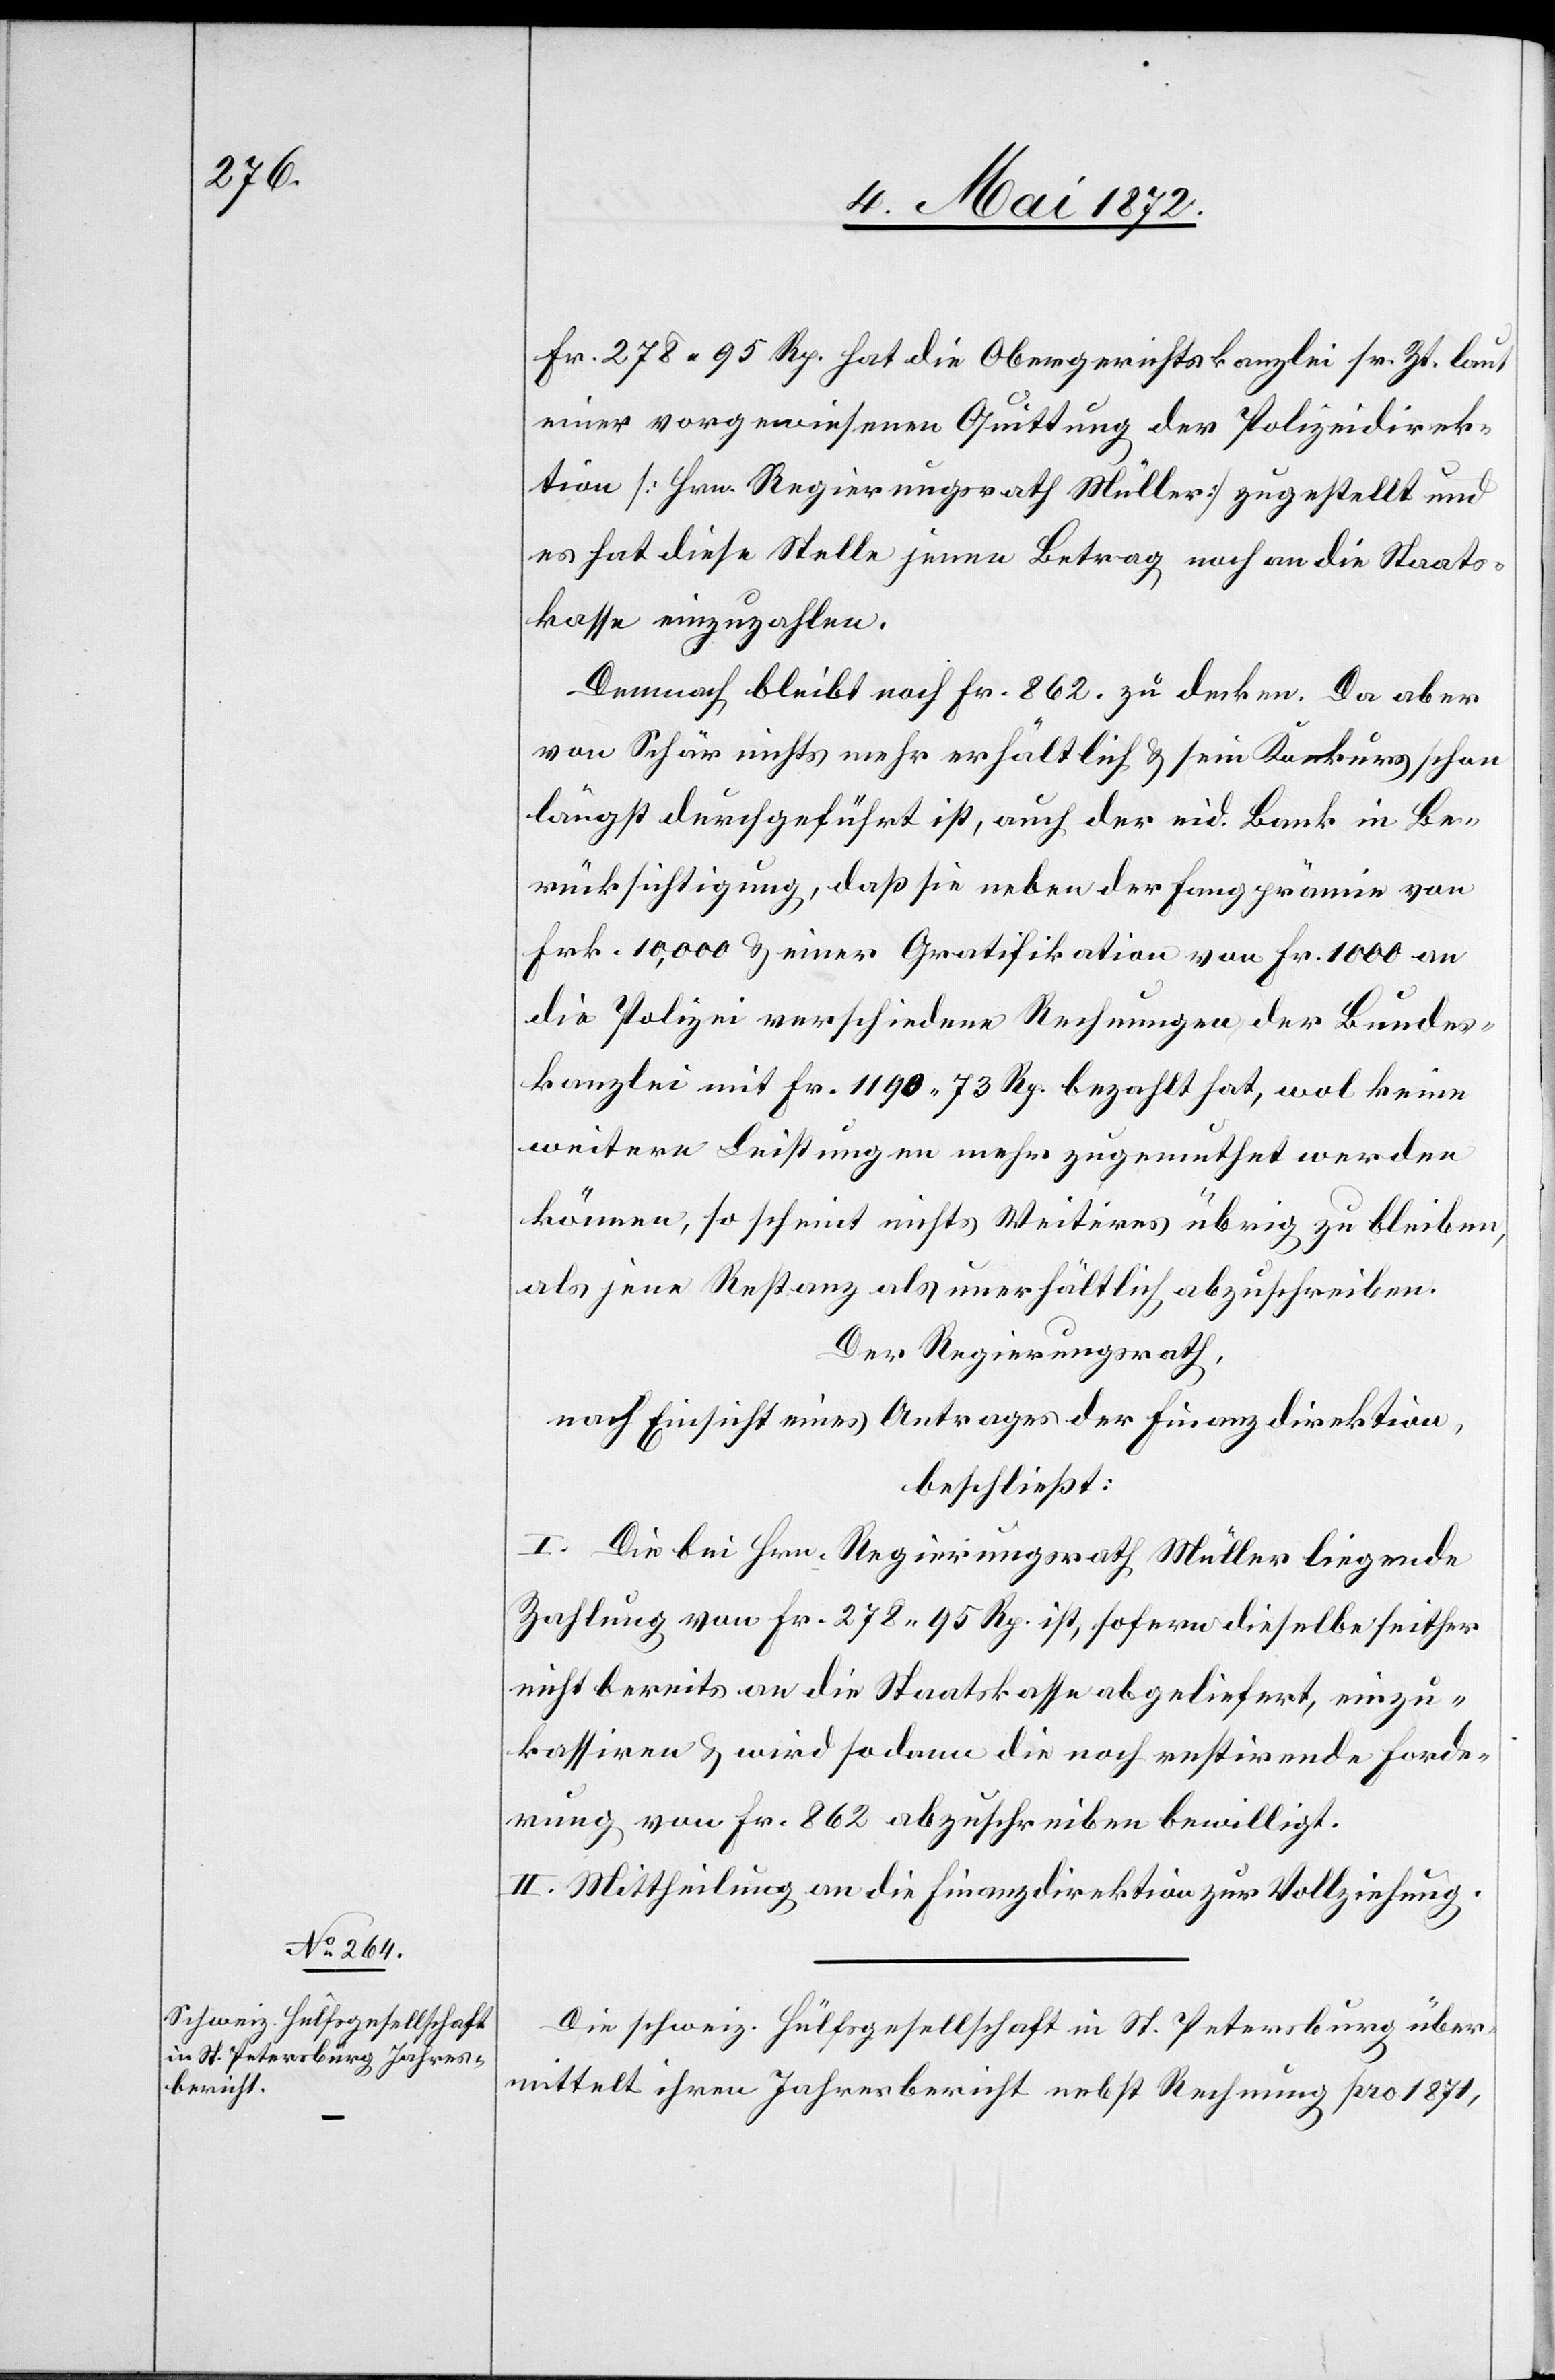
Fr. 278 95 Rp. hat die Obergerichtskanzlei sr. Zt. laut
einer vorgewiesenen Quittung der Polizeidirek¬
tion [Hrn. Regierungsrath Müller] zugestellt und
es hat diese Stelle jenen Betrag noch an die Staats¬
kasse einzuzahlen.
Demnach bleibt noch Fr. 862. zu decken. Da aber
von Schär nichts mehr erhältlich ist u. sein Konkurs schon
längst durchgeführt ist, auch der eid. Bank in Be¬
rücksichtigung, daß sie neben der Fangprämie von
Frk. 10'000 u. einer Gratifikation von Fr. 1000 an
die Polizei verschiedene Rechnungen der Bundes¬
kanzlei mit Fr. 1190 73 Rp. bezahlt hat, wol keine
weitere Leistungen mehr zugemuthet werden
können, so scheint nichts Weiteres übrig zu bleiben,
als jene Restanz als unerhältlich abzuschreiben.
Der Regierungsrath,
nach Einsicht eines Antrages der Finanzdirektion,
beschließt:
I. Die bei Hrn. Regierungsrath Müller liegende
Zahlung von Fr. 278 95 Rp. ist, sofern dieselbe seither
nicht bereits an die Staatskasse geliefert, einzu¬
kassiren u. wird sodann die noch restirende Forde¬
rung von Fr. 862 abzuschreiben bewilligt.
II. Mittheilung an die Finanzdirektion zur Vollziehung.
Die schweiz. Hülfsgesellschaft in St. Petersburg über¬
mittelt ihren Jahresbericht nebst Rechnungen pro 1871,